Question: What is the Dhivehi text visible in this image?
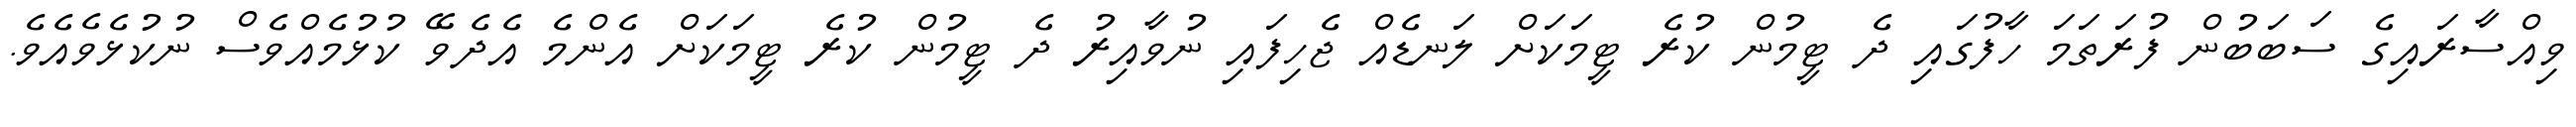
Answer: ވިއްސާރައިގެ ސަބަބުން ފުރަތަމަ ހާފުގައި ދެ ޓީމުން ކުރެ ޓީމަކަށް ލަނޑެއް ޖެހިފައި ނުވާއިރު ދެ ޓީމުން ކުރެ ޓީމަކަށް އެންމެ އެދެވޭ ކުޅުމެއްވެސް ނުކުޅެވެއެވެ.